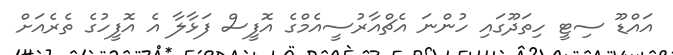
އައްޑޫ ސިޓީ ހިތަދޫގައި ހުންނަ އެޗްއާރުސީއެމްގެ އޮފީސް ފަޅާލާ އެ އޮފީހުގެ ތެރެއަށް